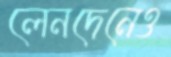
লেনদেনেও